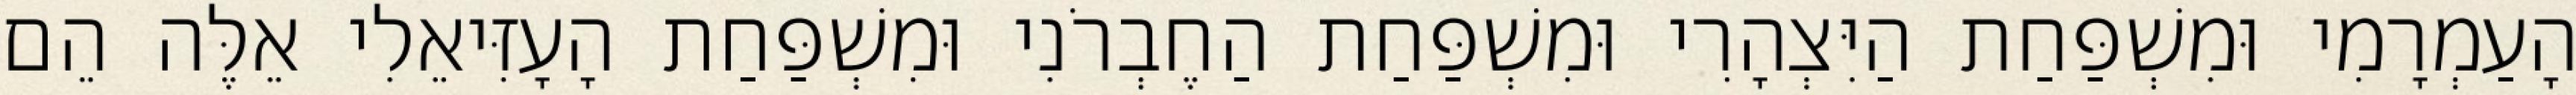
הָעַמְרָמִי וּמִשְׁפַּחַת הַיִּצְהָרִי וּמִשְׁפַּחַת הַחֶבְרֹנִי וּמִשְׁפַּחַת הָעָזִּיאֵלִי אֵלֶּה הֵם